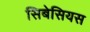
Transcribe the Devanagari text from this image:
सिबेसियस